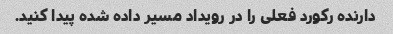
دارنده رکورد فعلی را در رویداد مسیر داده شده پیدا کنید.